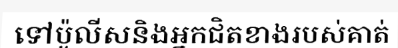
ទៅប៉ូលីសនិងអ្នកជិតខាងរបស់គាត់